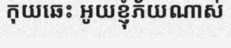
កុយឆេះ អូយខ្ញុំភ័យណាស់